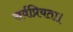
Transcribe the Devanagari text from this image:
सर्वप्रियता।